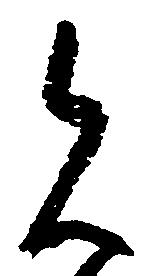
見